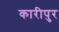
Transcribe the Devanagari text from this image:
कारीपुर